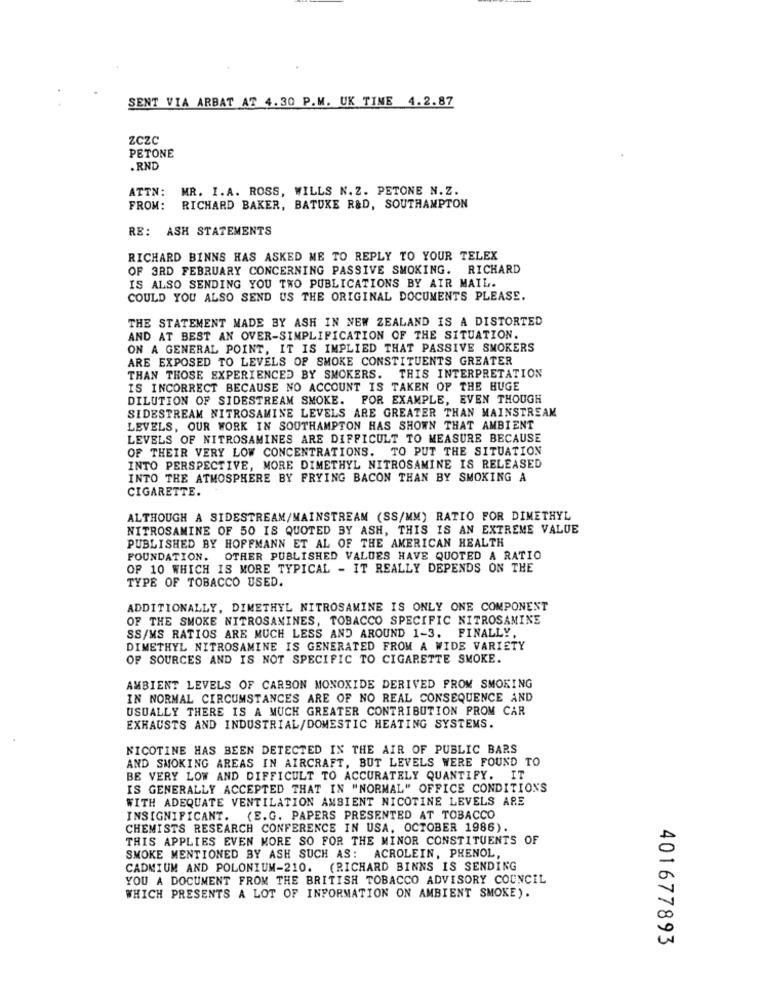
SENT VIA ARBAT AZ 4.30 P.M. UK TIME 4.2.87
ZCZc
PETONE
.RND
ATTN:
MR. I.A. ROSS, WILLS N. Z. PETONE N.Z.
FROM:
RICHARD BAKER, BATUKE R&D, SOUTHAMPTON
RE: ASH STATEMENTS
RICHARD BINNS HAS ASKED ME TO REPLY TO YOUR TELEX
OF 3RD FEBRUARY CONCERNING PASSIVE SMOKING. RICHARD
IS ALSO SENDING YOU TWO PUBLICATIONS BY AIR MAIL.
COULD YOU ALSO SEND US THE ORIGINAL DOCUMENTS PLEASE.
THE STATEMENT MADE BY ASH IN NEW ZEALAND IS A DISTORTED
AND AT BEST AN OVER-SIMPLIFICATION OF THE SITUATION.
ON A GENERAL POINT, IT IS IMPLIED THAT PASSIVE SMOKERS
ARE EXPOSED TO LEVELS OF SMOKE CONSTITUENTS GREATER
THAN THOSE EXPERIENCED BY SMOKERS. THIS INTERPRETATION
IS INCORRECT BECAUSE NO ACCOUNT IS TAKEN OF THE HUGE
DILUTION OF SIDESTREAM SMOKE. FOR EXAMPLE, EVEN THOUGH
SIDESTREAM NITROSAMINE LEVELS ARE GREATER THAN MAINSTREAM
LEVELS, OUR WORK IN SOUTHAMPTON HAS SHOWN THAT AMBIENT
LEVELS OF NITROSAMINES ARE DIFFICULT TO MEASURE BECAUSE
OF THEIR VERY LOW CONCENTRATIONS. TO PUT THE SITUATION
INTO PERSPECTIVE, MORE DIMETHYL NITROSAMINE IS RELEASED
INTO THE ATMOSPHERE BY FRYING BACON THAN BY SMOKING A
CIGARETTE.
ALTHOUGH A SIDESTREAM/MAINSTREAM (SS/MM) RATIO FOR DIMETHYL
NITROSAMINE OF 50 IS QUOTED BY ASH, THIS IS AN EXTREME VALUE
PUBLISHED BY HOFFMANN ET AL OF THE AMERICAN HEALTH
FOUNDATION. OTHER PUBLISHED VALUES HAVE QUOTED A RATIO
OF 10 WHICH IS MORE TYPICAL - IT REALLY DEPENDS ON THE
TYPE OF TOBACCO USED.
ADDITIONALLY, DIMETHYL NITROSAMINE IS ONLY ONE COMPONENT
OF THE SMOKE NITROSAMINES, TOBACCO SPECIFIC NITROSAMINE
SS/MS RATIOS ARE MUCH LESS AND AROUND 1-3. FINALLY,
DIMETHYL NITROSAMINE IS GENERATED FROM A WIDE VARIETY
OF SOURCES AND IS NOT SPECIFIC TO CIGARETTE SMOKE.
AMBIENT LEVELS OF CARBON MONOXIDE DERIVED FROM SMOKING
IN NORMAL CIRCUMSTANCES ARE OF NO REAL CONSEQUENCE AND
USUALLY THERE IS A MUCH GREATER CONTRIBUTION PROM CAR
EXHAUSTS AND INDUSTRIAL/DOMESTIC HEATING SYSTEMS.
NICOTINE HAS BEEN DETECTED IN THE AIR OF PUBLIC BARS
AND SMOKING AREAS IN AIRCRAFT, BUT LEVELS WERE FOUND TO
BE VERY LOW AND DIFFICULT TO ACCURATELY QUANTIFY. IT
IS GENERALLY ACCEPTED THAT IN "NORMAL" OFFICE CONDITIONS
WITH ADEQUATE VENTILATION AMBIENT NICOTINE LEVELS ARE
INSIGNIFICANT.
(E.G. PAPERS PRESENTED AT TOBACCO
CHEMISTS RESEARCH CONFERENCE IN USA, OCTOBER 1986).
THIS APPLIES EVEN MORE SO FOR THE MINOR CONSTITUENTS OF
SMOKE MENTIONED BY ASH SUCH AS: ACROLEIN, PHENOL,
CADMIUM AND POLONIUM-210. (RICHARD BINNS IS SENDING
YOU A DOCUMENT FROM THE BRITISH TOBACCO ADVISORY COUNCIL
WHICH PRESENTS A LOT OF INFORMATION ON AMBIENT SMOKE).
401677893